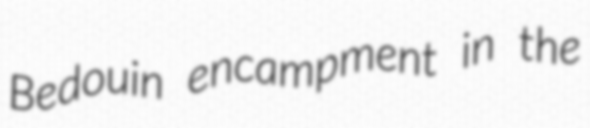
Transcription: Bedouin encampment in the